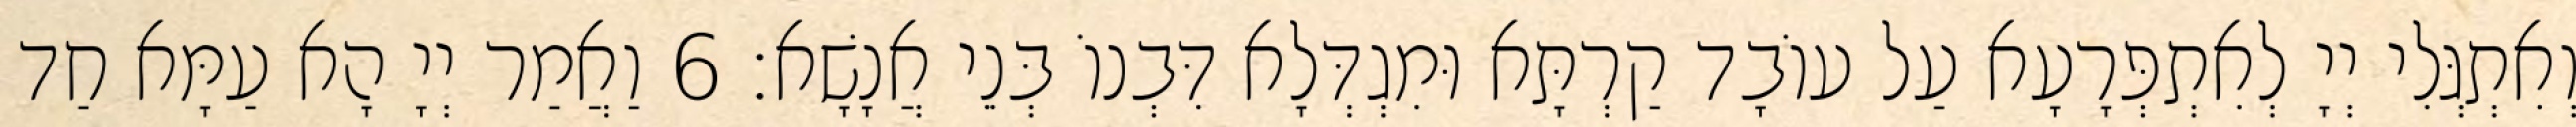
וְאִתְגְּלִי יְיָ לְאִתְפְּרָעָא עַל עוֹבָד קַרְתָּא וּמִגְדְּלָא דִּבְנוֹ בְּנֵי אֲנָשָׁא׃ 6 וַאֲמַר יְיָ הָא עַמָּא חַד